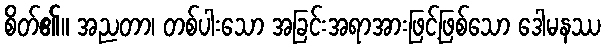
စိတ်၏။ အညတာ၊ တစ်ပါးသော အခြင်းအရာအားဖြင့်ဖြစ်သော ဒေါမနဿ